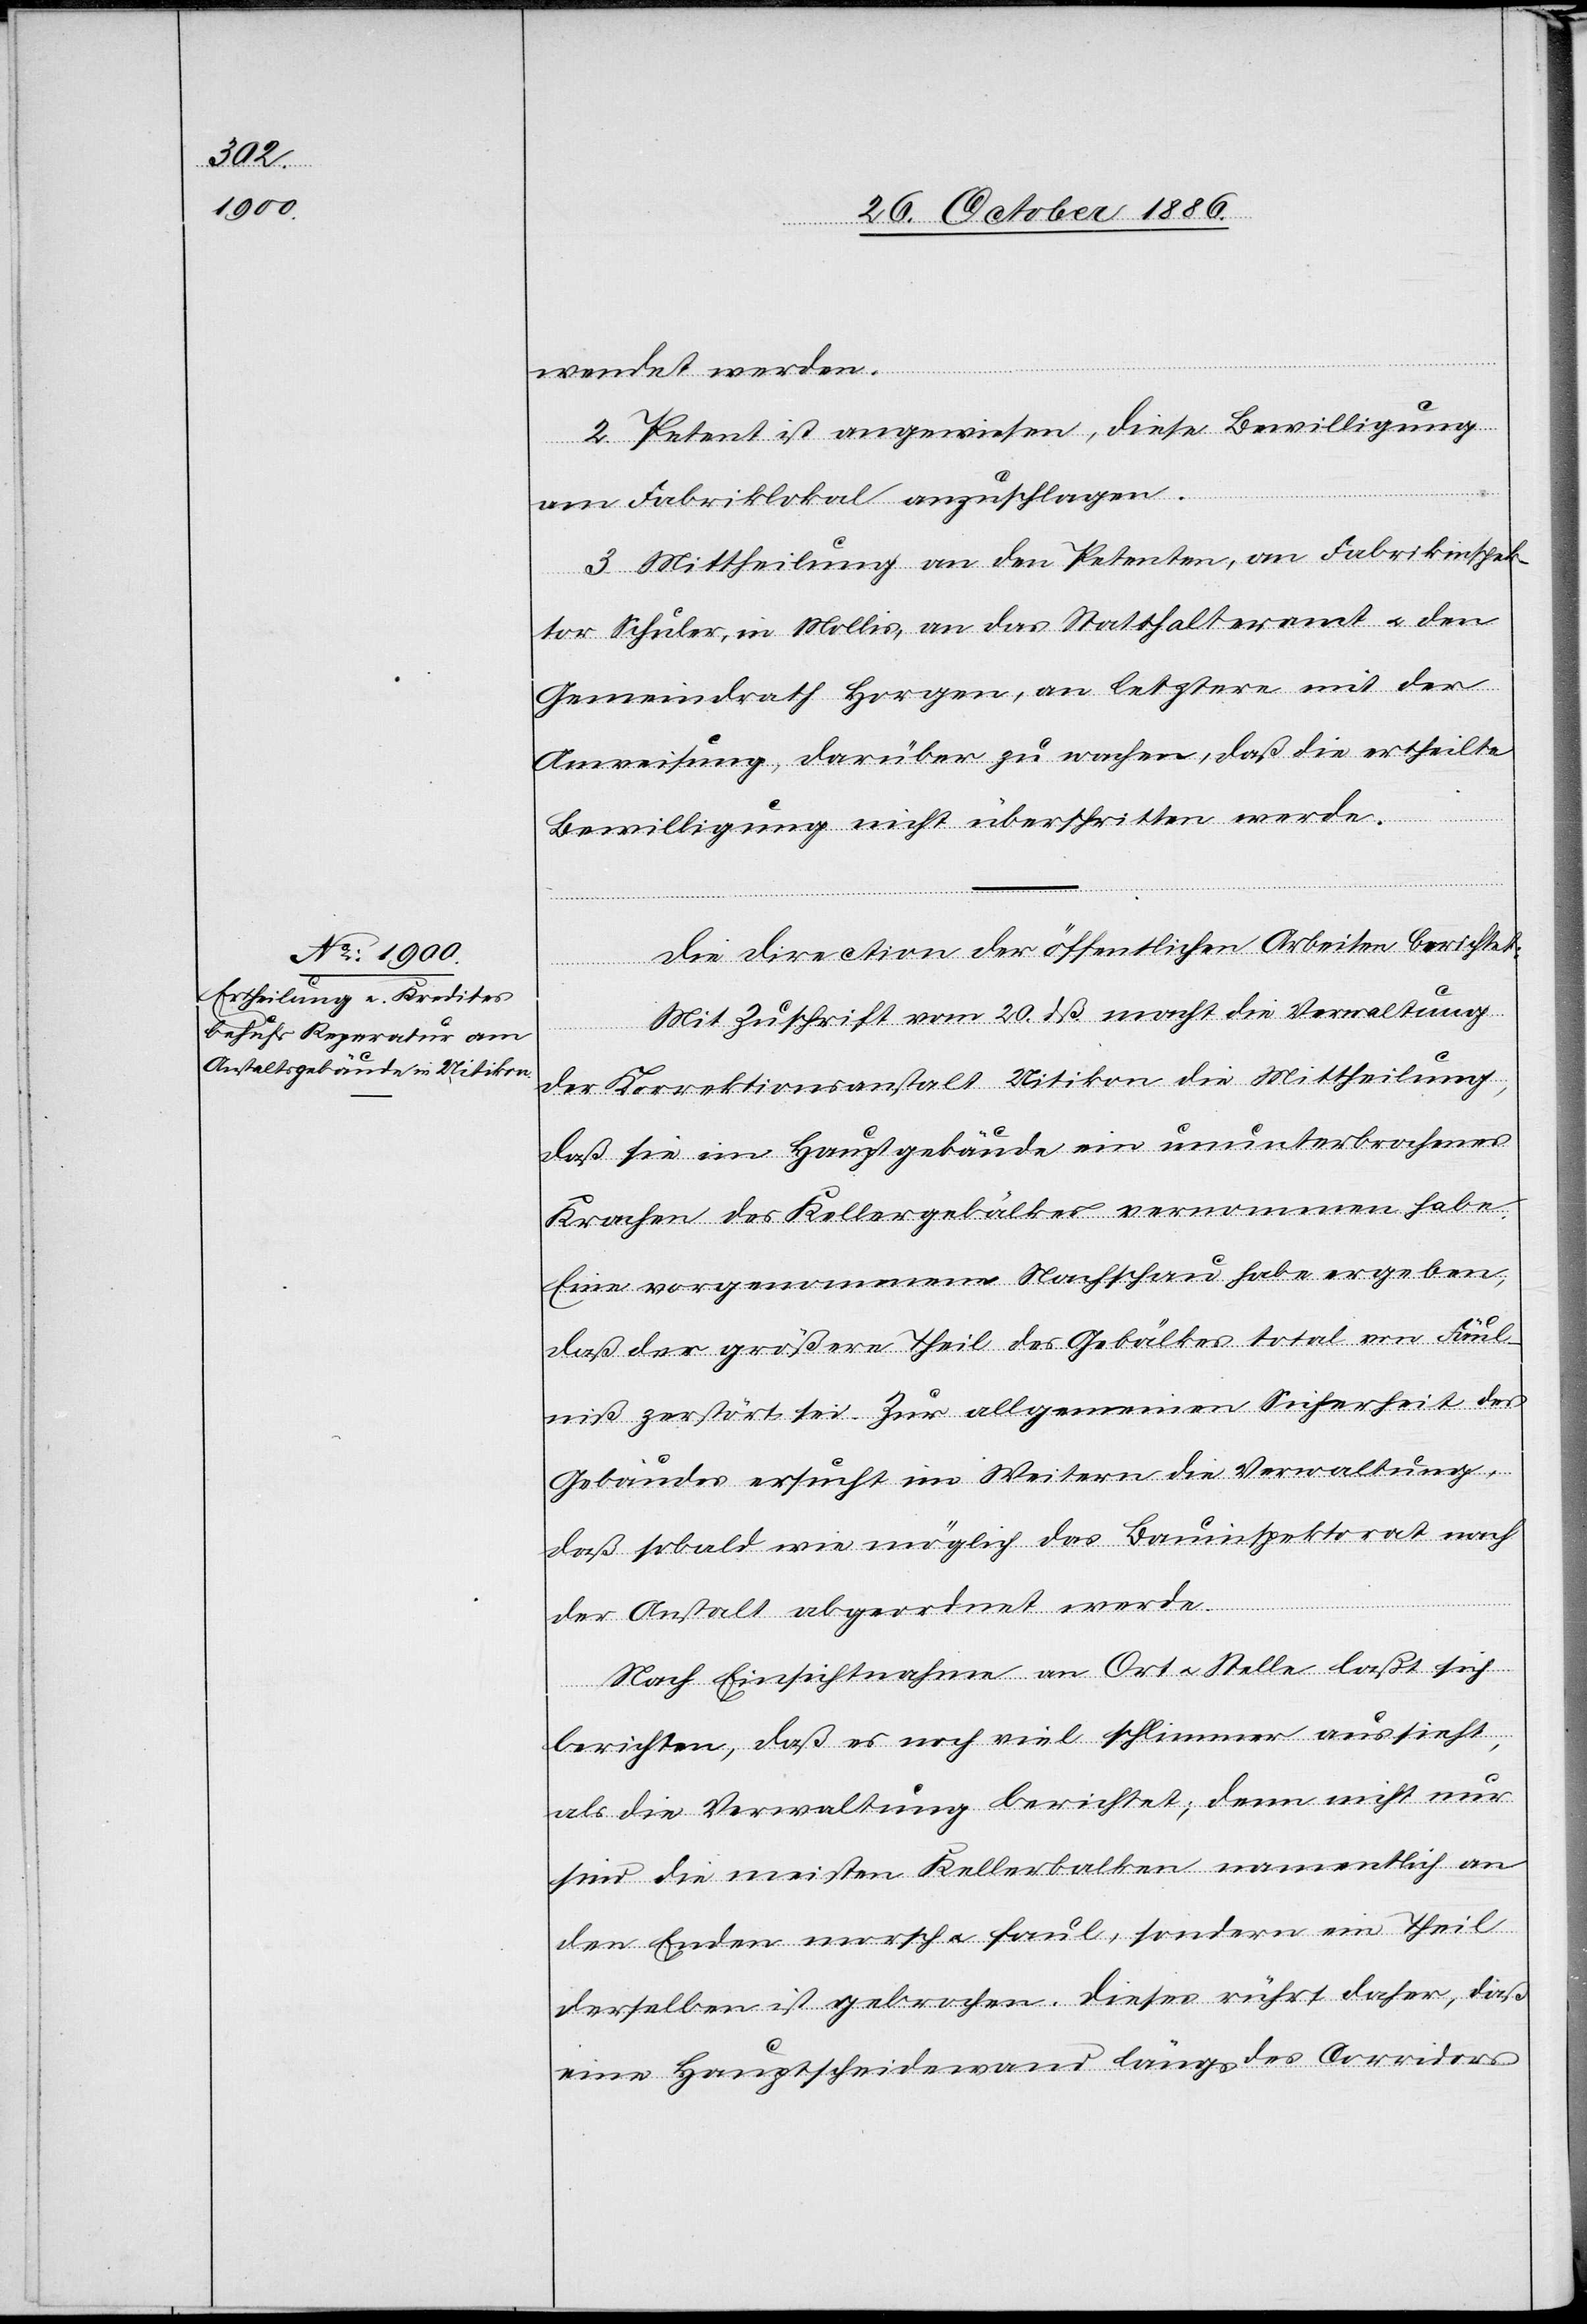
wendet werden.
2. Petent ist angewiesen, diese Bewilligung
am Fabriklokal anzuschlagen.
3. Mittheilung an den Petenten, an Fabrikinspek¬
tor Schuler, in Mollis, an das Statthalteramt & den
Gemeindrath Horgen, an letztere mit der
Anweisung, darüber zu wachen, daß die ertheilte
Bewilligung nicht überschritten werde.
Die Direction der öffentlichen Arbeiten berichtet:
Mit Zuschrift vom 20. dß. macht die Verwaltung
der Korrektionsanstalt Uitikon die Mittheilung,
daß sie im Hauptgebäude ein ununterbrochenes
Krachen des Kellergebälkes vernommen habe.
Eine vorgenommene Nachschau habe ergeben,
daß der größere Theil des Gebälkes total von Fäul¬
niß zerstört sei. Zur allgemeinen Sicherheit des
Gebäudes ersucht im Weitern die Verwaltung,
daß sobald wie möglich das Bauinspektorat nach
der Anstalt abgeordnet werde.
Nach Einsichtnahme an Ort & Stelle laßt [sic!]
sich
berichten, daß es noch viel schlimmer aussieht,
als die Verwaltung berichtet; denn nicht nur
sind die meisten Kellerbalken namentlich an
den Enden morsch & faul, sondern ein Theil
derselben ist gebrochen. Dieses rührt daher, daß
eine Hauptscheidewand längs des Corridors